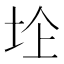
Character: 𱖛